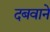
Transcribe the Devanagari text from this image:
दबवाने